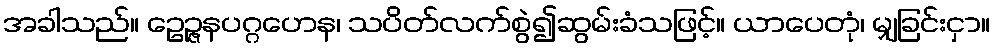
အခါသည်။ ဥေဉ္ဇနပဂ္ဂဟေန၊ သပိတ်လက်စွဲ၍ဆွမ်းခံသဖြင့်။ ယာပေတုံ၊ မျှခြင်းငှာ။